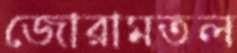
জোরামতল